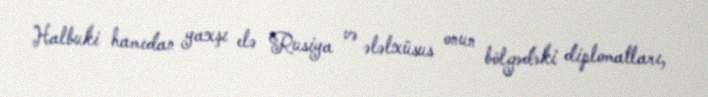
Halbuki hamıdan yaxşı elə Rusiya və ələlxüsus onun bölgədəki diplomatları,